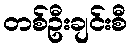
တစ်ဦးချင်းစီ